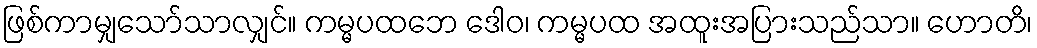
ဖြစ်ကာမျှသော်သာလျှင်။ ကမ္မပထဘေ ဒေါဝ၊ ကမ္မပထ အထူးအပြားသည်သာ။ ဟောတိ၊